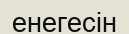
енегесін